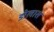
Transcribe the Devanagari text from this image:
डोलास